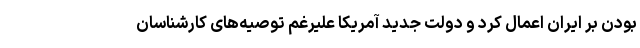
بودن بر ایران اعمال کرد و دولت جدید آمریکا علیرغم توصیه‌های کارشناسان